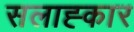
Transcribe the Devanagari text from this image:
सलाह्कार